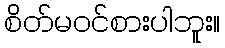
စိတ်မဝင်စားပါဘူး။